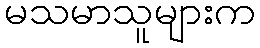
မသမာသူများက